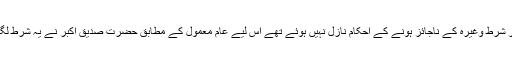
اس وقت تک جوئے اور شرط وغیرہ کے ناجائز ہونے کے احکام نازل نہیں ہوئے تھے اس لیے عام معمول کے مطابق حضرت صدیق اکبرؓ نے یہ شرط لگائی اور پھر جیتی بھی۔